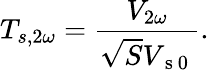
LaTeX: T_{s,2\omega}=\frac{V_{2\omega}}{\sqrt{S}V_{\mathrm{~s~0~}}}{.}